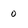
Character: o